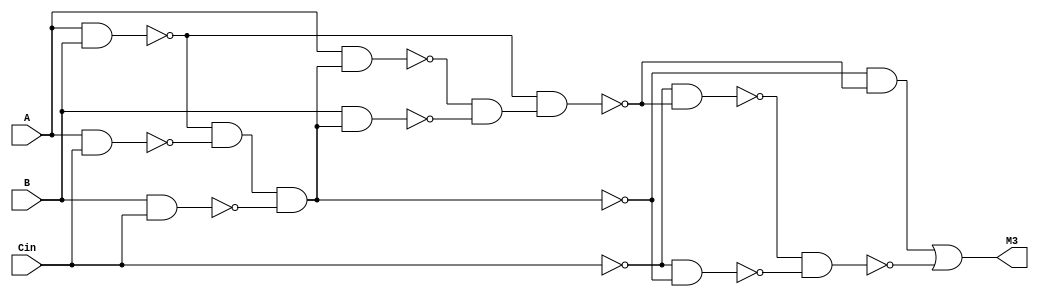
// Benchmark "top" written by ABC on Fri Sep  4 10:02:12 2020

module top (
    A, B, Cin,
    M3  );
  input  A, B, Cin;
  output M3;
  wire new_n5_, new_n6_, new_n7_, new_n8_, new_n9_, new_n10_, new_n11_,
    new_n12_, new_n13_, new_n14_, new_n15_, new_n16_, new_n17_;
  assign new_n5_ = A & B;
  assign new_n6_ = A & Cin;
  assign new_n7_ = ~new_n5_ & ~new_n6_;
  assign new_n8_ = B & Cin;
  assign new_n9_ = new_n7_ & ~new_n8_;
  assign new_n10_ = A & new_n9_;
  assign new_n11_ = B & new_n9_;
  assign new_n12_ = ~new_n10_ & ~new_n11_;
  assign new_n13_ = ~new_n5_ & new_n12_;
  assign new_n14_ = ~new_n9_ & ~new_n13_;
  assign new_n15_ = ~Cin & ~new_n13_;
  assign new_n16_ = ~Cin & ~new_n9_;
  assign new_n17_ = ~new_n15_ & ~new_n16_;
  assign M3 = new_n14_ | ~new_n17_;
endmodule